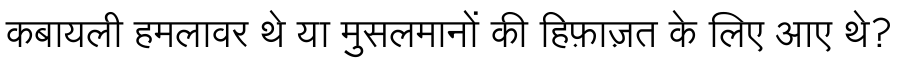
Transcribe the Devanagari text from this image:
कबायली हमलावर थे या मुसलमानों की हिफ़ाज़त के लिए आए थे?